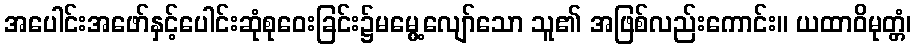
အပေါင်းအဖော်နှင့်ပေါင်းဆုံစုဝေးခြင်း၌မမွေ့လျော်သော သူ၏ အဖြစ်လည်းကောင်း။ ယထာဝိမုတ္တံ၊